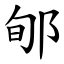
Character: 郇